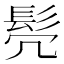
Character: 𫘻